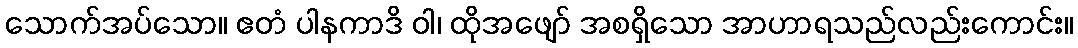
သောက်အပ်သော။ ဧတံ ပါနကာဒိ ဝါ၊ ထိုအဖျော် အစရှိသော အာဟာရသည်လည်းကောင်း။